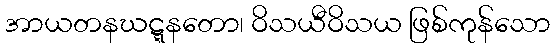
အာယတနဃဋ္ဋနတော၊ ဝိသယီဝိသယ ဖြစ်ကုန်သော